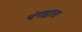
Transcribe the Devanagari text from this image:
यंगद्वारा